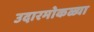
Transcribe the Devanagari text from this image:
उदारमोकळ्या